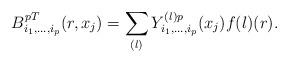
LaTeX: \begin{align*}B^{pT}_{i_1,...,i_p}(r,x_j)=\sum_{(l)}Y^{(l)p}_{i_1,...,i_p} (x_j)f{(l)}(r).\end{align*}